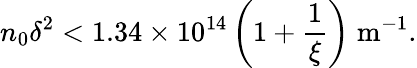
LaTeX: n_{0}\delta^{2}<1.34\times 10^{14}\left(1+\frac{1}{\xi}\right)\; \mathrm{m^{-1}}.